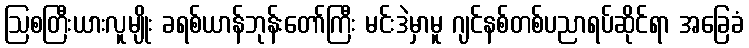
ဩစတြီးယားလူမျိုး ခရစ်ယာန်ဘုန်းတော်ကြီး မင်းဒဲမှာမူ ဂျင်နစ်တစ်ပညာရပ်ဆိုင်ရာ အခြေခံ